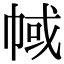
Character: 𢃎